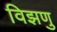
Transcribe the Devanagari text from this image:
विझणु